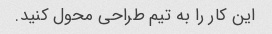
این کار را به تیم طراحی محول کنید.